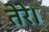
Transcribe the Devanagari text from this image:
तेरे।